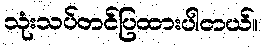
သုံးသပ်တင်ပြထားပါတယ်။